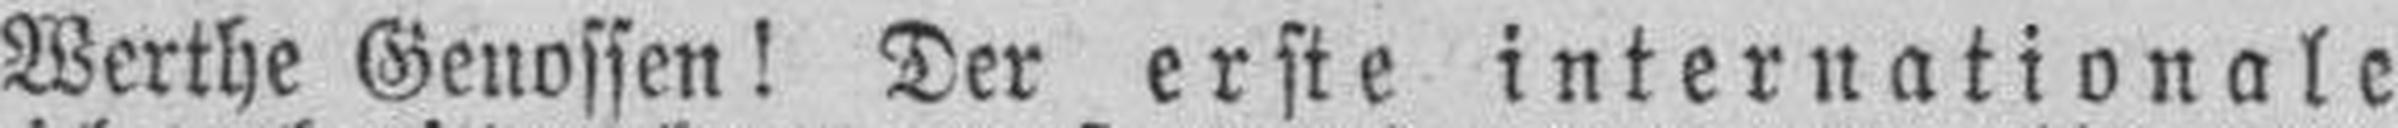
Werthe Genossen! Ter erste internationale